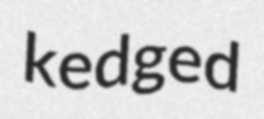
kedged